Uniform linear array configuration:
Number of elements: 24
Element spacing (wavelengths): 0.75
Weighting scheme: kaiser
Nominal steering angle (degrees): -30
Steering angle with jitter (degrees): -29.522
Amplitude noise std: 0.05
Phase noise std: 0.05

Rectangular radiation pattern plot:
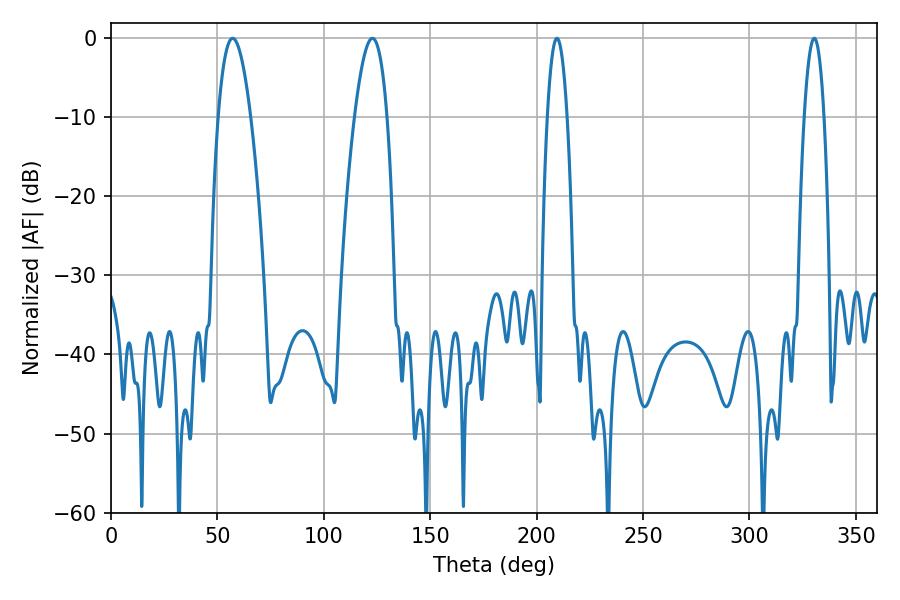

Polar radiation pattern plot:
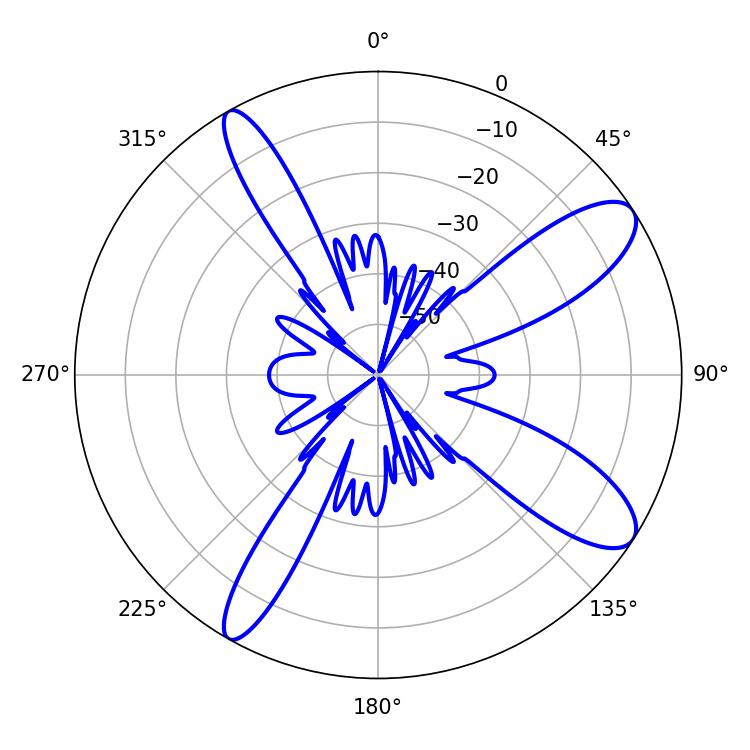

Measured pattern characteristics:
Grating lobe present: TRUE
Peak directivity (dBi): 10.699
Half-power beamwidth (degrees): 5.22
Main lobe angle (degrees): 209.52